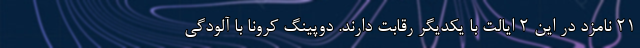
21 نامزد در این 2 ایالت با یکدیگر رقابت دارند. دوپینگ کرونا با آلودگی